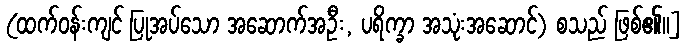
(ထက်ဝန်းကျင် ပြုအပ်သော အဆောက်အဦး, ပရိက္ခာ အသုံးအဆောင်) စသည် ဖြစ်၏။]